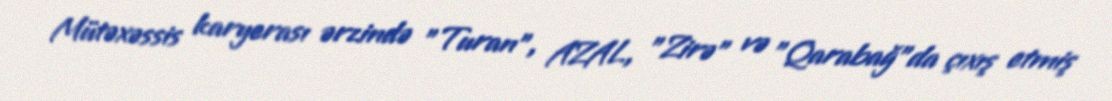
Mütəxəssis karyerası ərzində "Turan", AZAL, "Zirə" və "Qarabağ"da çıxış etmiş